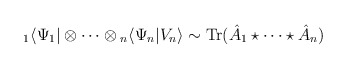
\begin{align*}{}_{1}\langle \Psi_1|\otimes \cdots \otimes {}_{n}\langle \Psi_n|V_{n}\rangle \sim \mbox{Tr}(\hat{A}_1\star \cdots \star \hat{A}_n)\end{align*}